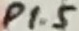
Text: P1.5